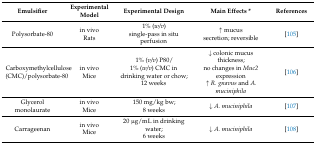
| Emulsifier | Experimental Model | Experimental Design | Main Effects * | References |
 | --- | --- | --- | --- | --- |
 | Polysorbate-80 | in vivoRats | 1% (w/v)single-pass in situ perfusion | ↑ mucussecretion; reversible | [105] |
 | Carboxymethylcellulose (CMC)/polysorbate-80 | in vivoMice | 1% (v/v) P80/1% (w/v) CMC in drinking water or chow;12 weeks | ↓ colonic mucus thickness;no changes in Muc2 expression ↑ R. gnavus and A. muciniphila | [106] |
 | Glycerol monolaurate | in vivoMice | 150 mg/kg bw;8 weeks | ↓ A. muciniphila | [107] |
 | Carrageenan | in vivoMice | 20 μg/mL in drinking water;6 weeks | ↓ A. muciniphila | [108] |